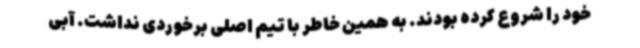
خود را شروع کرده بودند. به همین خاطر با تیم اصلی برخوردی نداشت. آبی